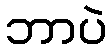
ဘာပဲ